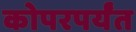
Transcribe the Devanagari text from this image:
कोपरपर्यंत